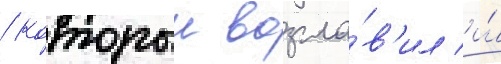
/ которыи возгла́в'ил и́